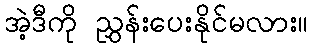
အဲ့ဒီကို ညွှန်းပေးနိုင်မလား။